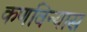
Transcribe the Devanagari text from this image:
कणविन्यास